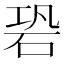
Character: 䂬